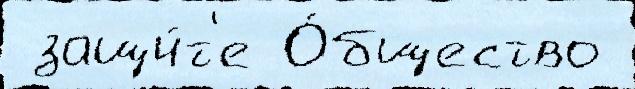
 защи́т'е О́бщество